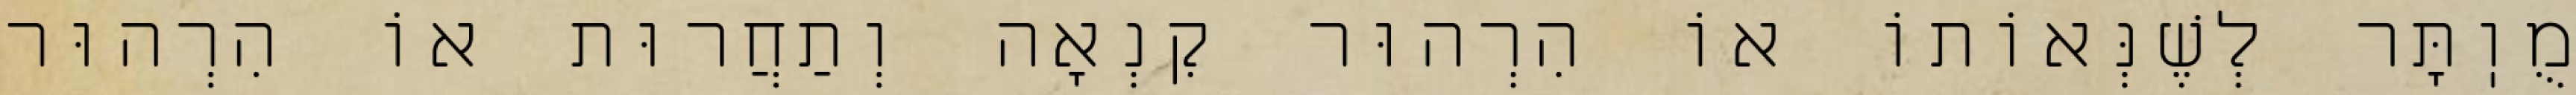
מֻוֽתָּר לְשֶׁנְּאוֹתוֹ אוֹ הִרְהוּר קִנְאָה וְתַחֲרוּת אוֹ הִרְהוּר